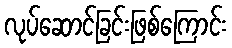
လုပ်ဆောင်ခြင်းဖြစ်ကြောင်း